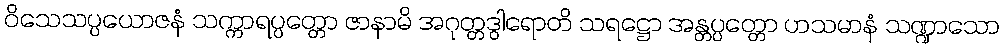
ဝိသေသပ္ပယောဇနံ သက္ကာရပ္ပတ္တော ဇာနာမိ အဂုတ္တဒွါရောတိ သရဋ္ဌော အန္တပ္ပတ္တော ဟသမာနံ သဏ္ဍာသော